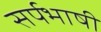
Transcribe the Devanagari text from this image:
सर्पभाषी